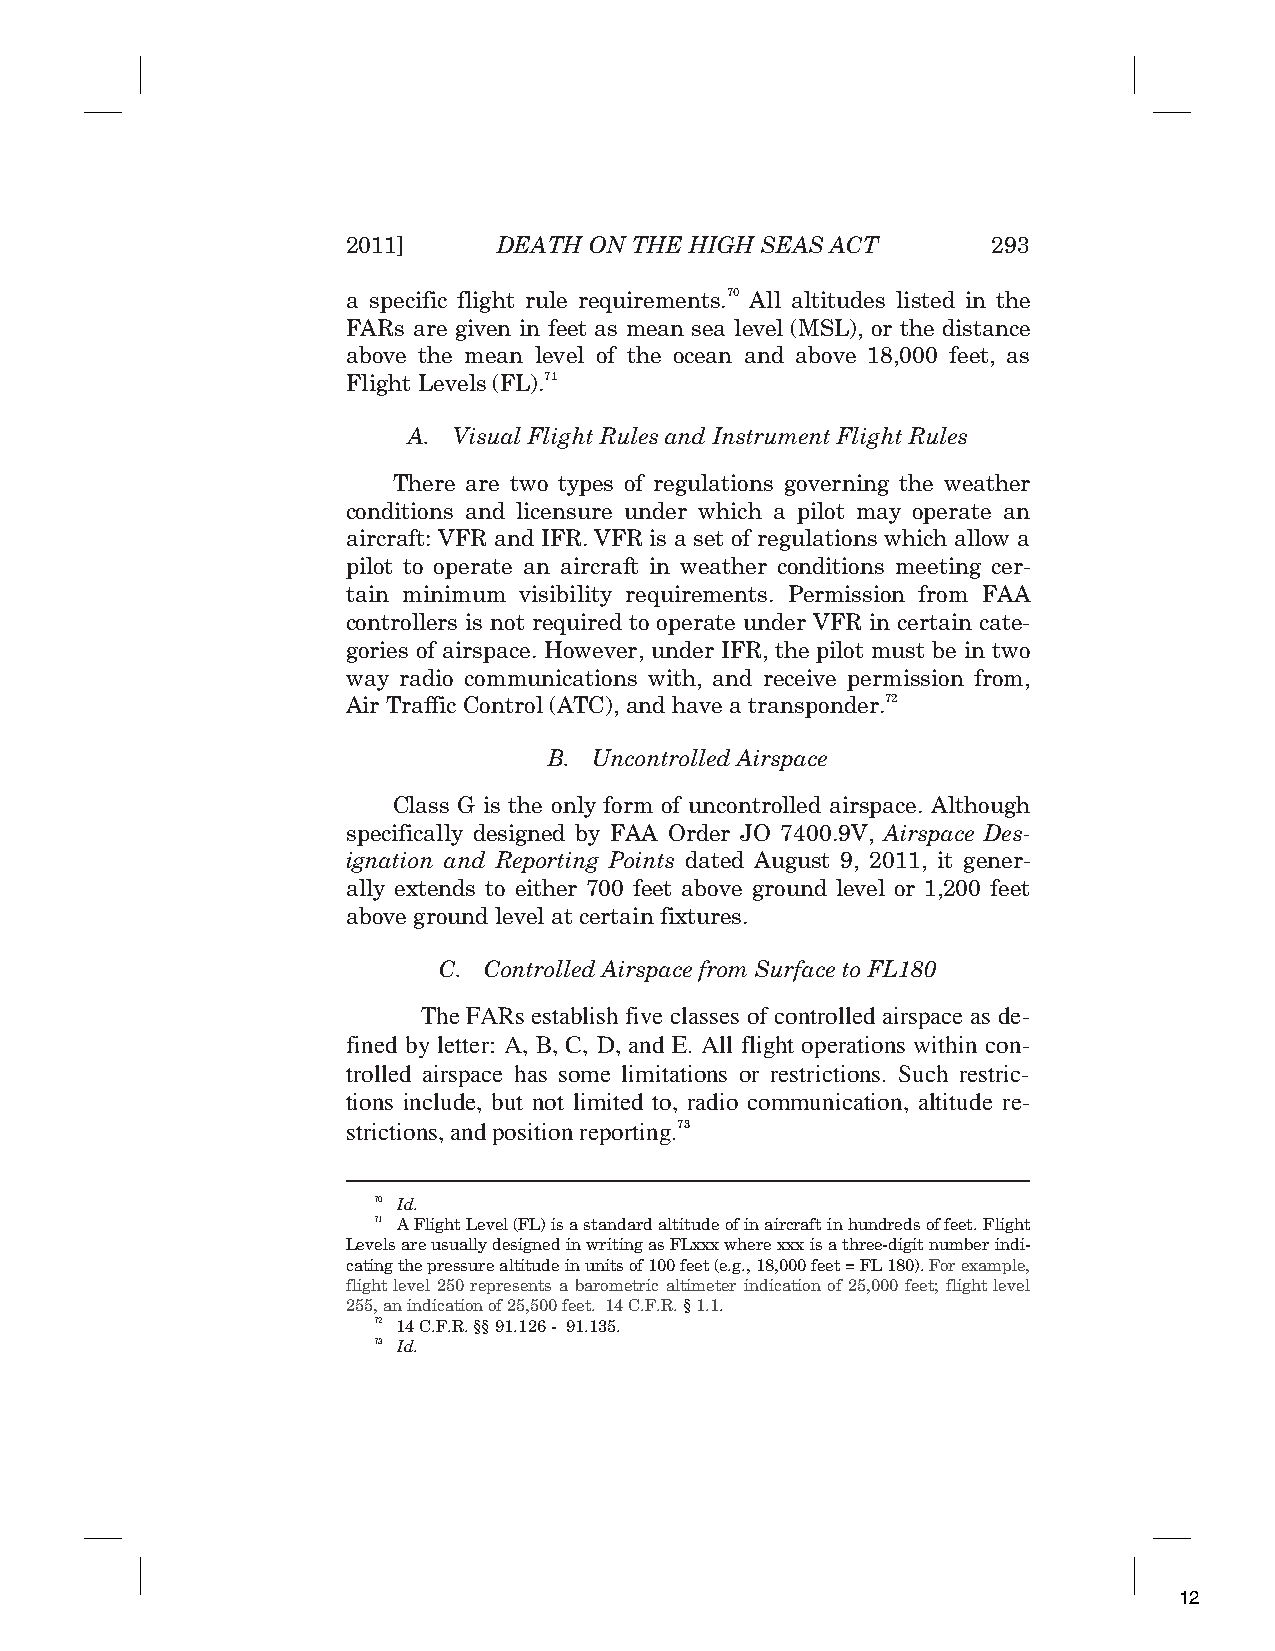
2011]     DEATH ON THE HIGH SEAS ACT       293
 a specific flight rule requirements.70 All altitudes listed in the
 FARs are given in feet as mean sea level (MSL), or the distance
 above the mean level of the ocean and above 18,000 feet, as
 Flight Levels (FL).71
 A. Visual Flight Rules and Instrument Flight Rules
 There are two types of regulations governing the weather
 conditions and licensure under which a pilot may operate an
 aircraft: VFR and IFR. VFR is a set of regulations which allow a
 pilot to operate an aircraft in weather conditions meeting cer-
 tain minimum visibility requirements. Permission from FAA
 controllers is not required to operate under VFR in certain cate-
 gories of airspace. However, under IFR, the pilot must be in two
 way radio communications with, and receive permission from,
 Air Traffic Control (ATC), and have a transponder.72
 B. Uncontrolled Airspace
 Class G is the only form of uncontrolled airspace. Although
 specifically designed by FAA Order JO 7400.9V, Airspace Des-
 ignation and Reporting Points dated August 9, 2011, it gener-
 ally extends to either 700 feet above ground level or 1,200 feet
 above ground level at certain fixtures.
 C. Controlled Airspace from Surface to FL180
 The FARs establish five classes of controlled airspace as de-
 fined by letter: A, B, C, D, and E. All flight operations within con-
 trolled airspace has some limitations or restrictions. Such restric-
 tions include, but not limited to, radio communication, altitude re-
 strictions, and position reporting.73
 70 Id.
 71 A Flight Level (FL) is a standard altitude of in aircraft in hundreds of feet. Flight
 Levels are usually designed in writing as FLxxx where xxx is a three-digit number indi-
 cating the pressure altitude in units of 100 feet (e.g., 18,000 feet = FL 180). For example,
 flight level 250 represents a barometric altimeter indication of 25,000 feet; flight level
 255, an indication of 25,500 feet. 14 C.F.R. § 1.1.
 72 14 C.F.R. §§ 91.126 - 91.135.
 73 Id.
 12